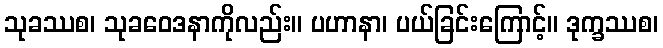
သုခဿစ၊ သုခဝေဒနာကိုလည်း။ ပဟာနာ၊ ပယ်ခြင်းကြောင့်။ ဒုက္ခဿစ၊